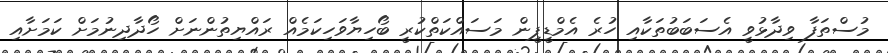
މުސްތަފާ ވިދާޅުވީ އެސަބަބުތަކާއި ހުރެ އެމްޑީޕީން މަސައްކަތްކުރީ ބޯހިޔާވަހިކަމެއް ރައްޔިތުންނަށް ހޯދާދިނުމަށް ކަމަށާއި